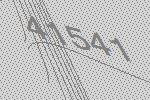
41541